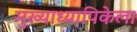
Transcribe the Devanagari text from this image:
मुख्याध्यापिकेला